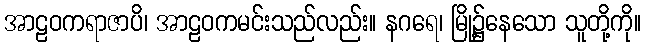
အာဠဝကရာဇာပိ၊ အာဠဝကမင်းသည်လည်း။ နဂရေ၊ မြို့၌နေသော သူတို့ကို။